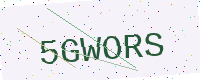
Text: 5GWORS